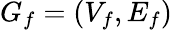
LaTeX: G_{f}=(V_{f},E_{f})